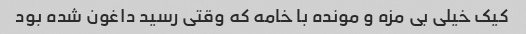
کیک خیلی بی مزه و مونده با خامه که وقتی رسید داغون شده بود